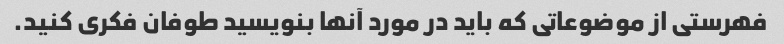
فهرستی از موضوعاتی که باید در مورد آنها بنویسید طوفان فکری کنید.